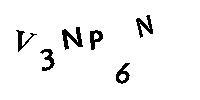
V3NP6N